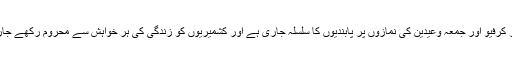
روز روز کرفیو اور جمعہ وعیدین کی نمازوں پر پابندیوں کا سلسلہ جاری ہے اور کشمیریوں کو زندگی کی ہر خواہش سے محروم رکھے جارہے ہیں۔